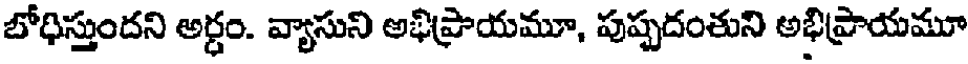
బోధిస్తుందని అర్ధం. వ్యాసుని అభిప్రాయమూ, పుష్పదంతుని అభిప్రాయమూ